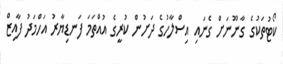
ކޯޓުތަކުގެ ގާނޫނަށް ގެނައި އިސްލާހުގެ ދަށުން ކުރީގެ އުއްތަމަ ފަނޑިޔާރު އަހްމަދު ފާއިޒް